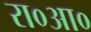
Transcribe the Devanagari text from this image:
रा०आ०